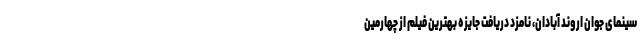
سینمای جوان اروند آبادان، نامزد دریافت جایزه بهترین فیلم از چهارمین